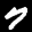
Label: 7